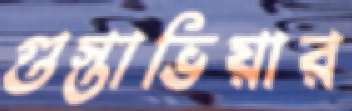
গুস্তাভিয়ার